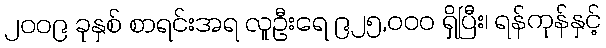
၂၀၀၉ ခုနှစ် စာရင်းအရ လူဦးရေ ၉၂၅,၀၀၀ ရှိပြီး၊ ရန်ကုန်နှင့်